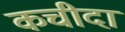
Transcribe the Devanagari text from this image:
कचीदा